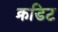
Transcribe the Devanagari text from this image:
क्रडिट